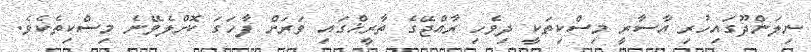
ނިލަންދޫގައިހުރި އާސާރީ މިސްކިތަކީ ދިވެހި ރާއްޖޭގެ ތާރީޚްގައި ވަރަށް ފާހަގަ ކޮށްލެވޭނެ މިސްކިތެކެވެ.